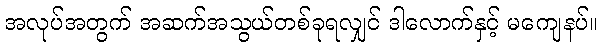
အလုပ်အတွက် အဆက်အသွယ်တစ်ခုရလျှင် ဒါလောက်နှင့် မကျေနပ်။